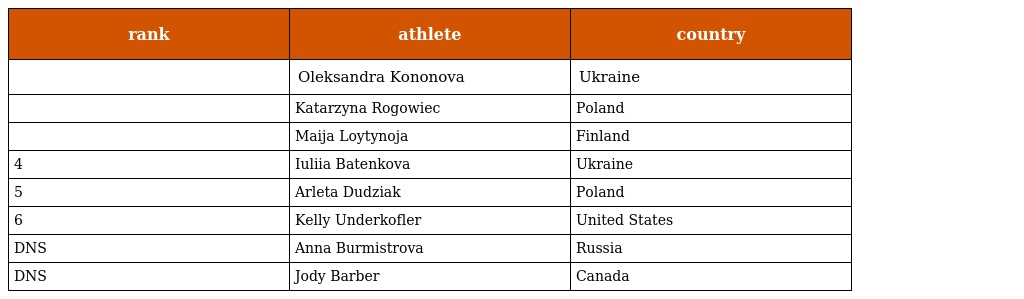
| rank | athlete | country |
 | --- | --- | --- |
 |  | Oleksandra Kononova | Ukraine |
 |  | Katarzyna Rogowiec | Poland |
 |  | Maija Loytynoja | Finland |
 | 4 | Iuliia Batenkova | Ukraine |
 | 5 | Arleta Dudziak | Poland |
 | 6 | Kelly Underkofler | United States |
 | DNS | Anna Burmistrova | Russia |
 | DNS | Jody Barber | Canada |